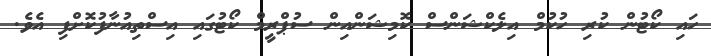
ހައި ކޯޓުން ކުރި ހުކުމް އިލެކްޝަންސް ކޮމިޝަންއިން ސުޕްރީމް ކޯޓުގައި އިސްތިއުނާފުކޮށްފި އެވެ.